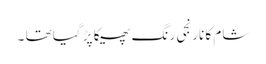
شام کا نارنجی رنگ پھیکا پڑ گیا تھا ۔